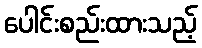
ပေါင်းစည်းထားသည့်